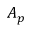
A _ { p }